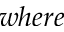
w h e r e